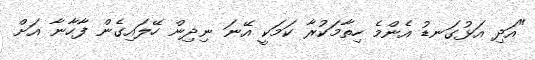
"އަދި އަޅުގަނޑު އެންމެ ހިތާމަކުރާ ކަމަކީ އޭނަ ނިދިން ހޭލައިގެން ފާހާނާ އަށް